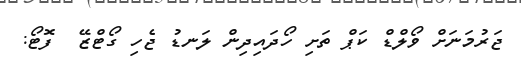
ޖަރުމަނަށް ވޯލްޑް ކަޕް ތަށި ހޯދައިދިން ލަނޑު ޖެހި ގޯޓްޒޭ  ފޮޓޯ: